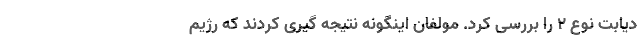
دیابت نوع 2 را بررسی کرد. مولفان اینگونه نتیجه گیری کردند که رژیم